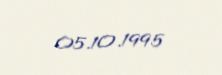
05.10.1995